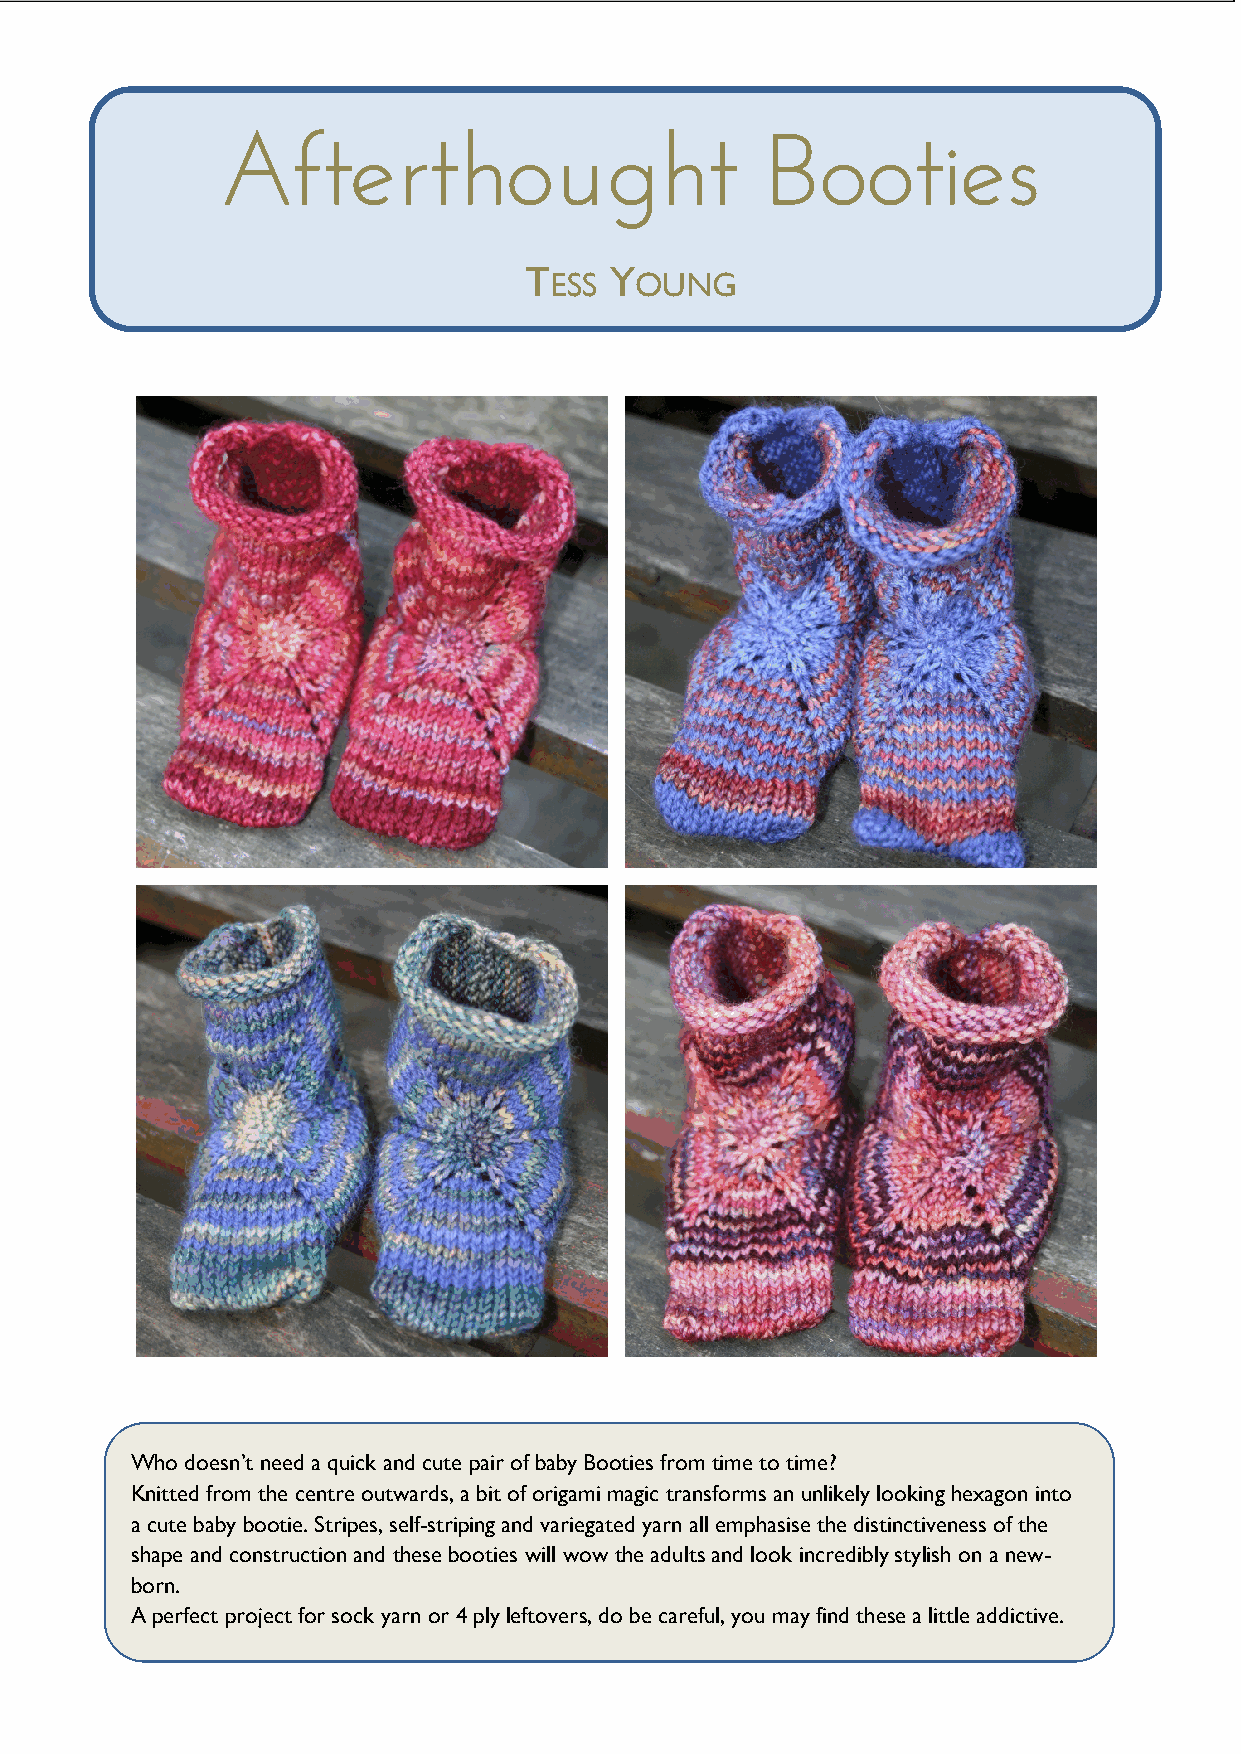
Afterthought                        Booties
 TESS YOUNG
 Who doesn’t need a quick and cute pair of baby Booties from time to time?
 Knitted from the centre outwards, a bit of origami magic transforms an unlikely looking hexagon into
 a cute baby bootie. Stripes, self-striping and variegated yarn all emphasise the distinctiveness of the
 shape and construction and these booties will wow the adults and look incredibly stylish on a new-
 born.
 A perfect project for sock yarn or 4 ply leftovers, do be careful, you may find these a little addictive.